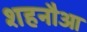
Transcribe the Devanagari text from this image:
शहनौआ